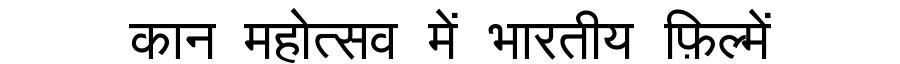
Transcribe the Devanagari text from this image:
कान महोत्सव में भारतीय फ़िल्में